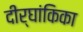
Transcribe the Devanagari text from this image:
दीर्घांकिका